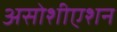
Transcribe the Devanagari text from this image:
असोशीएशन